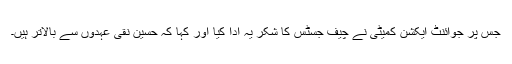
جس پر جوائنٹ ایکشن کمیٹی نے چیف جسٹس کا شکر یہ ادا کیا اور کہا کہ حسین نقی عہدوں سے بالاتر ہیں۔